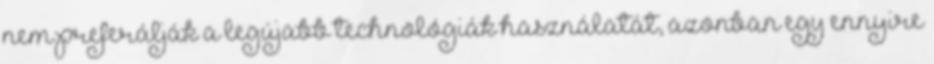
nem preferálják a legújabb technológiák használatát, azonban egy ennyire